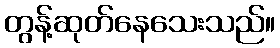
တွန့်ဆုတ်နေသေးသည်။